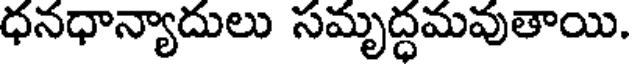
ధనధాన్యాదులు సమృద్ధమవుతాయి.